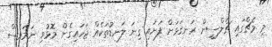
މި މެޗްގައި ޗެލްސީން ރަނގަޅަށް ފަށައި ގިނަ ލަނޑުތަކެއް ޖަހައިގެން މޮޅުވި ނަމަވެސް